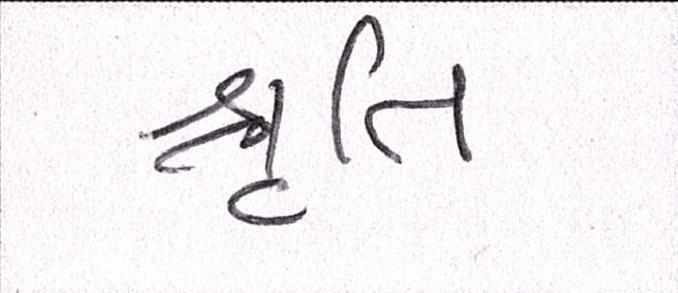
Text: શ્રુતિ